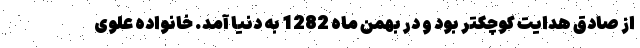
از صادق هدایت کوچکتر بود و در بهمن ماه 1282 به دنیا آمد. خانواده علوی